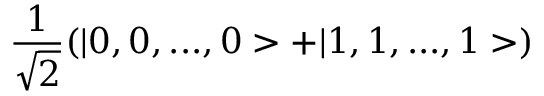
\frac { 1 } { \sqrt { 2 } } ( | 0 , 0 , . . . , 0 > + | 1 , 1 , . . . , 1 > )